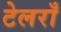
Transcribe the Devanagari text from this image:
टेलराँ